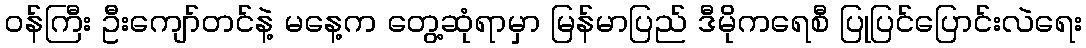
ဝန်ကြီး ဦးကျော်တင်နဲ့ မနေ့က တွေ့ဆုံရာမှာ မြန်မာပြည် ဒီမိုကရေစီ ပြုပြင်ပြောင်းလဲရေး